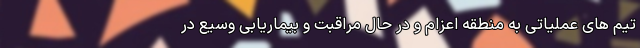
تیم های عملیاتی به منطقه اعزام و در حال مراقبت و بیماریابی وسیع در